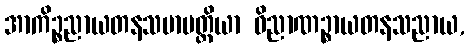
အာကိဉ္စညာယတနသမာပတ္တိယာ ဝိညာဏဉ္စာယတနသညာယ,